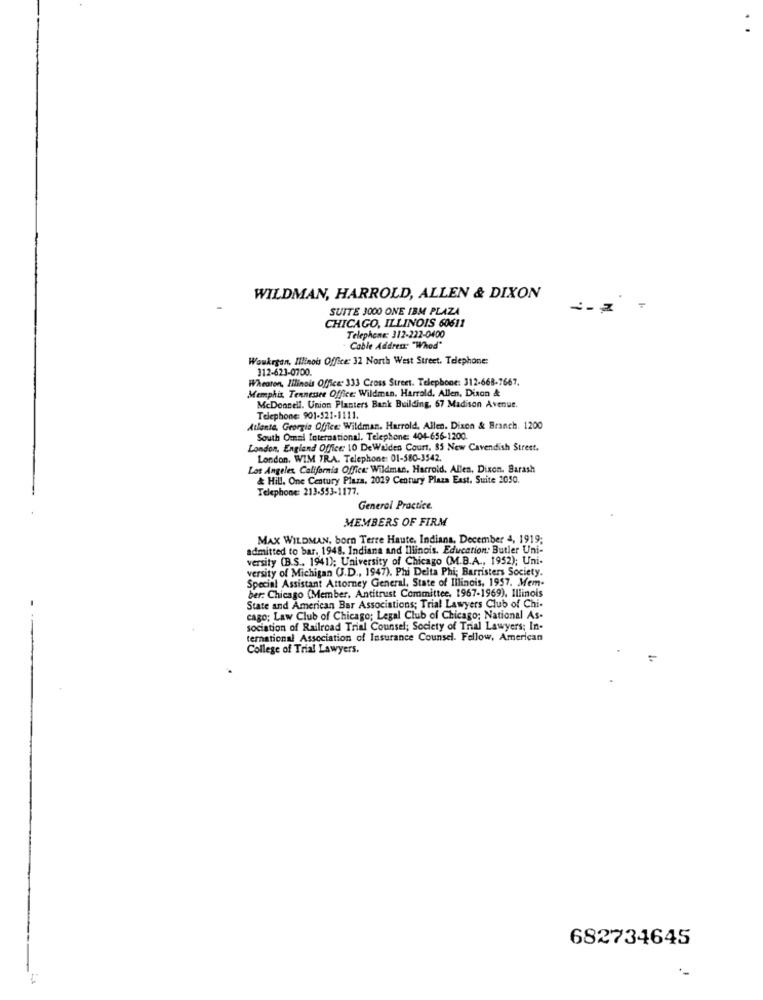
WILDMAN, HARROLD, ALLEN & DIXON
SUITE 3000 ONE IBM PLAZA
CHICAGO, ILLINOIS 60611
Telephone: 312-222-0400
Cable Address: "Whod"
Waukegan, Illinois Office: 32 North West Street. Telephone:
312-623-0700.
Wheaton, Milinois Office: 333 Cross Street. Telephone: 312-668-7667.
Memphis, Tennessee Office: Wildman. Harrold, Allen, Dixon &
McDonnell. Union Planters Bank Building, 67 Madison Avenue.
Telephone: 901-521-1111.
Atlanta, Georgia Office: Wildman. Harrold, Allen. Dixon & Branch. 1200
South Omni International. Telephone: 404-656-1200.
London, England Office: 10 DeWalden Court, 85 New Cavendish Strest.
London, WIM TRA. Telephone: 01-580-3542.
Los Angeles, California Office: Wildman, Harrold. Allen, Dixon. Barash
& Hill. One Century Plaza, 2019 Century Plaza East. Suite 2050.
Telephone: 213-553-1177.
General Practice.
MEMBERS OF FIRM
MAX WILDMAN, born Terre Haute, Indiana. December 4, 1919;
admitted to bar, 1948. Indiana and Illinois. Education: Butler Uni-
versity (B.S ., 1941); University of Chicago (M.B.A ., 1952); Uni-
versity of Michigan (J.D ., 1947). Phi Delta Phi; Barristers Society.
Special Assistant Attorney General, State of Illinois, 1957. Mem-
ber: Chicago (Member, Antitrust Committee, 1967-1969), Illinois
State and American Bar Associations; Trial Lawyers Club of Chi-
cago; Law Club of Chicago; Legal Club of Chicago; National As-
sociation of Railroad Trial Counsel; Society of Trial Lawyers; In-
ternational Association of Insurance Counsel. Follow, American
College of Trial Lawyers.
=
682734645